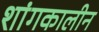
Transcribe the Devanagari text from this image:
शांगकालीन